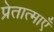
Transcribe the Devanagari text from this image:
प्रेतात्माएँ